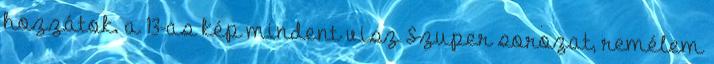
hozzátok. a 13-as kép mindent visz Szuper sorozat, remélem